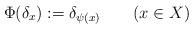
LaTeX: \begin{align*}\Phi(\delta_x):=\delta_{\psi(x)}\qquad(x\in X)\end{align*}